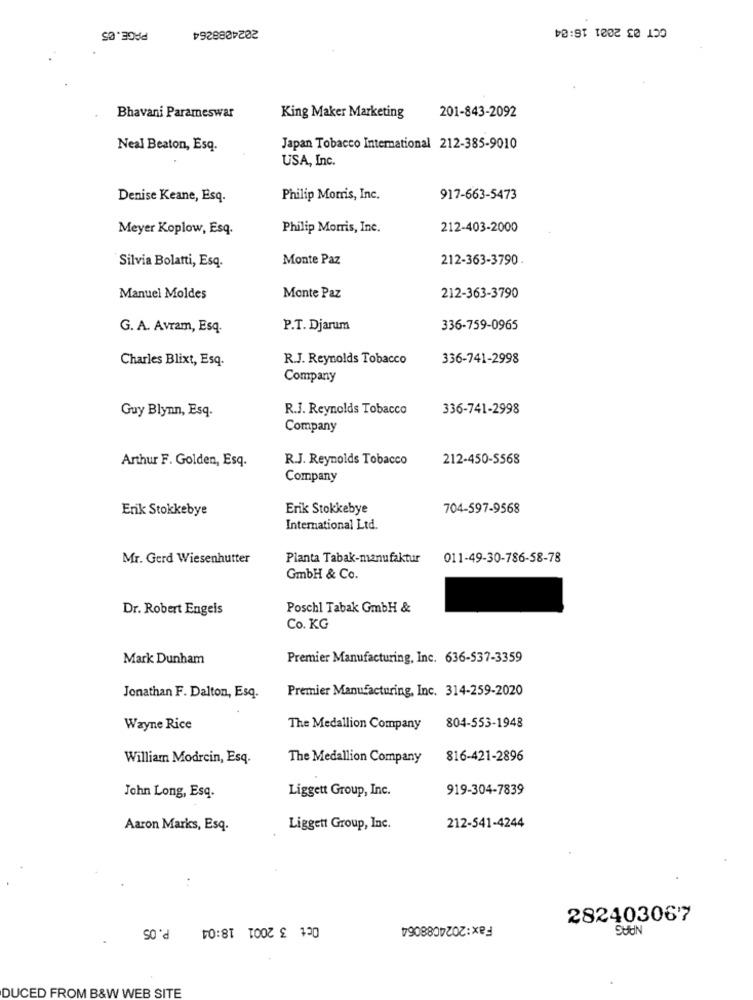
2024088264
GCT 03 2021 16:04
PAGE.05
Bhavani Parameswar
King Maker Marketing
201-843-2092
Neal Beaton, Esq.
Japan Tobacco International 212-385-9010
USA, Inc.
Denise Keane, Esq.
Philip Morris, Inc.
917-663-5473
Meyer Koplow, Esq.
Philip Morris, Inc.
212-403-2000
Monte Paz
212-363-3790
Silvia Bolatti, Esq.
Manuel Moldes
Monte Paz
212-363-3790
G. A. Avram, Esq.
P.T. Djarum
336-759-0965
Charles Blixt, Esq.
R.J. Reynolds Tobacco
336-741-2998
Company
R.J. Reynolds Tobacco
336-741-2998
Guy Blynn, Esq.
Company
Arthur F. Golden, Esq.
R.J. Reynolds Tobacco
212-450-5568
Company
Erik Stokkebye
Erik Stokkebye
704-597-9568
International Ltd.
Mr. Gerd Wiesenhutter
Planta Tabak-manufaktur
011-49-30-786-58-78
GmbH & Co.
Dr. Robert Engeis
Poschl Tabak GmbH &
Co. KG
Mark Dunham
Premier Manufacturing, Inc. 636-537-3359
Premier Manufacturing, Inc. 314-259-2020
Jonathan F. Dalton, Esq.
Wayne Rice
The Medallion Company
804-553-1948
William Modrcin, Esq.
The Medallion Company
816-421-2896
Liggett Group, Inc.
919-304-7839
John Long, Esq.
Aaron Marks, Esq.
Liggett Group, Inc.
212-541-4244
..
P.05
Oct 3 2001 18:04
Fax:2024088064
282403067
SUUN
DUCED FROM B&W WEB SITE